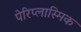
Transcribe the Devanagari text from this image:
पेरिप्लास्मिक